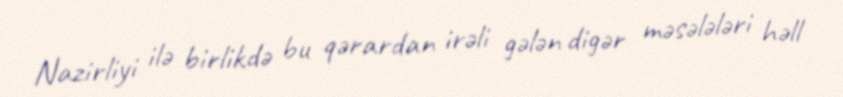
Nazirliyi ilə birlikdə bu qərardan irəli gələn digər məsələləri həll